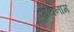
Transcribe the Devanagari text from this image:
ग्रंथनाम